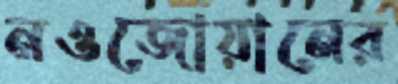
নওজোয়ানের